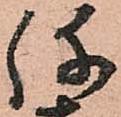
弥